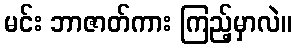
မင်း ဘာဇာတ်ကား ကြည့်မှာလဲ။